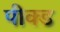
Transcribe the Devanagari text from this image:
पीक्ड